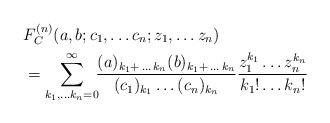
LaTeX: \begin{align*}&F_C^{(n)} (a,b; c_1, \ldots c_n; z_1, \ldots z_n) \\&= \sum_{k_1, \ldots k_n =0}^{\infty} \!\! \frac{(a)_{k_1 + \,\ldots \, k_n} (b)_{k_1 + \, \ldots \, k_n}}{(c_1)_{k_1} \ldots(c_n)_{k_n}} \frac{z_1^{k_1} \ldots z_n^{k_n}}{k_1! \ldots k_n!}\end{align*}